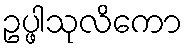
ဥပ္ဖါသုလိကော